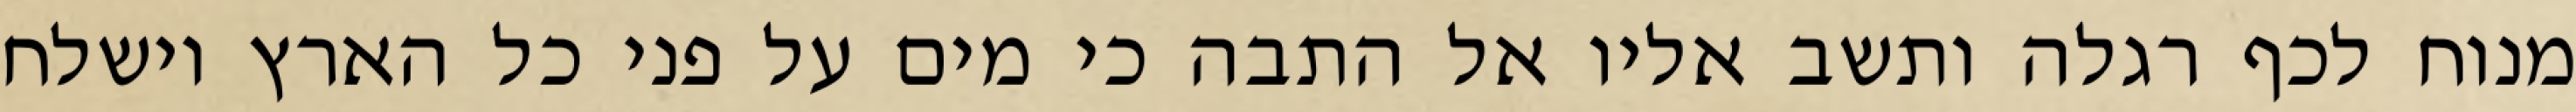
מנוח לכף רגלה ותשב אליו אל התבה כי מים על פני כל הארץ וישלח